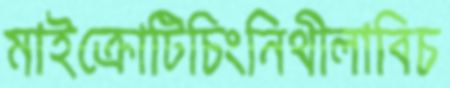
মাইক্রোটিচিংনিথীলাবিচ